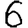
Digit: 6